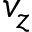
v _ { z }